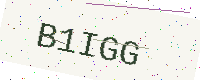
Text: B1IGG